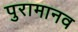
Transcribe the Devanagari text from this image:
पुरामानव